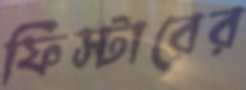
ফিস্টারের